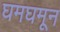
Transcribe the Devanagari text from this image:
घमघमून